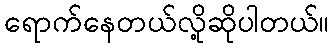
ရောက်နေတယ်လို့ဆိုပါတယ်။